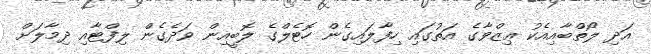
އަދި ލޯތްބާއިއެކު ޢިޒްވާގެ އަތުގައި ހިފާލައިގެން ހޮޓެލްގެ ލޮބީއިން ވަދެގެން ލިފްޓާއި ދިމާލަށް